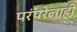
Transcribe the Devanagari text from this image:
परंपरेलाही